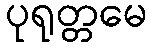
ပုရုတ္တမေ